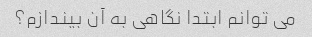
می توانم ابتدا نگاهی به آن بیندازم؟